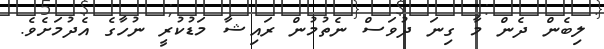
ލިބެން ދެން މާ ގިނަ ދުވަސް ނެތުމުން ރައިޝާ މަޑުކުރީ ނުހާގެ އެދުމަށެވެ.